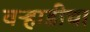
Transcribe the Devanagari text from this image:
वऱ्हाडीचा